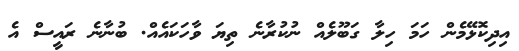
އިދިކޮޅޭމެން ހަމަ ހިލާ ގަބޫލެއް ނުކުރާނެ ތިޔަ ވާހަކައެއް. ބުނާނެ ރައީސް އެ